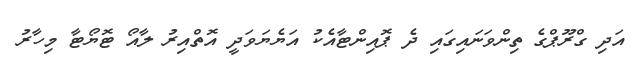
އަދި ގްރޫޕްގެ ތިންވަނައިގައި ދެ ޕޮއިންޓާއެކު އަޔެޔަވަދީ އޮތްއިރު ލާއޯ ޓޮޔޯޓާ މިހާރު